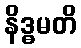
နိဒ္ဓမတိ